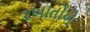
રખાતોએ